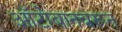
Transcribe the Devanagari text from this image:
ऑटोबानवरून